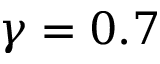
\gamma = 0 . 7